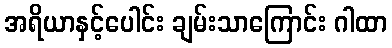
အရိယာနှင့်ပေါင်း ချမ်းသာကြောင်း ဂါထာ